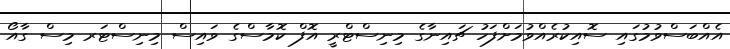
އެއްބަސްވުމުގައި ސޮއިކުރެއްވުމަށްފަހު ޗައިނާގެ މިނިސްޓްރީ އޮފް ކޮމާސްގެ ވައިސް މިނިސްޓަރ މިސް ގާއޯ